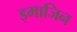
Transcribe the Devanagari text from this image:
इमाजिन